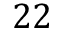
2 2